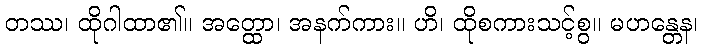
တဿ၊ ထိုဂါထာ၏။ အတ္ထော၊ အနက်ကား။ ဟိ၊ ထိုစကားသင့်စွ။ မဟန္တေန၊